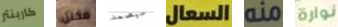
كاربنتر مخلل سيصمد السعال منه نوارة